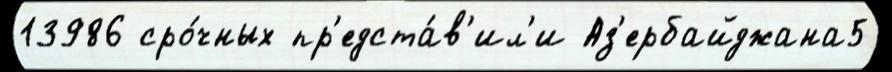
13986 сро́чных пр'едста́в'ил'и Аз'ербайджана5